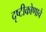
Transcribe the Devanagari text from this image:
दृष्टीकोणाचे